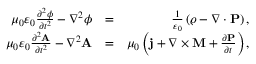
\begin{array} { r l r } { \mu _ { 0 } \varepsilon _ { 0 } \frac { \partial ^ { 2 } \phi } { \partial t ^ { 2 } } - \nabla ^ { 2 } \phi } & { = } & { \frac { 1 } { \varepsilon _ { 0 } } \left( \varrho - \nabla \cdot \mathbf { P } \right) , } \\ { \mu _ { 0 } \varepsilon _ { 0 } \frac { \partial ^ { 2 } \mathbf { A } } { \partial t ^ { 2 } } - \nabla ^ { 2 } \mathbf { A } } & { = } & { \mu _ { 0 } \left( \mathbf { j } + \nabla \times \mathbf { M } + \frac { \partial \mathbf { P } } { \partial t } \right) , } \end{array}